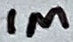
Text: 1M